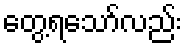
တွေ့ရသော်လည်း